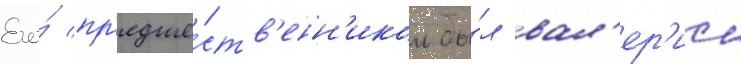
Его́ пр'едше́ств'енн'иком бы́л вал'ер'ии